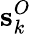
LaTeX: \textbf{s}_{k}^{O}